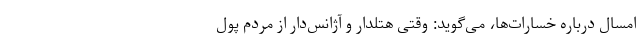
امسال درباره خسارات‌ها، می‌گوید: وقتی هتلدار و آژانس‌دار از مردم پول